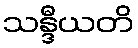
သန္ဒီယတိ